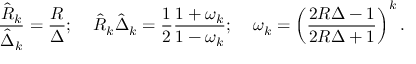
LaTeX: \frac { \hat { R } _ { k } } { \hat { \Delta } _ { k } } = \frac { R } { \Delta } ; \; \; \; \; \hat { R } _ { k } \hat { \Delta } _ { k } = \frac 1 2 \frac { 1 + \omega _ { k } } { 1 - \omega _ { k } } ; \; \; \; \; \omega _ { k } = \left( \frac { 2 R \Delta - 1 } { 2 R \Delta + 1 } \right) ^ { k } .